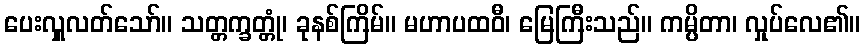
ပေးလှူလတ်သော်။ သတ္တက္ခတ္တုံ၊ ခုနစ်ကြိမ်။ မဟာပထဝီ၊ မြေကြီးသည်။ ကမ္ပိတာ၊ လှုပ်လေ၏။